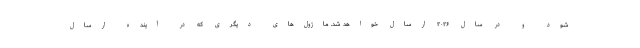
شود و در سال ۲۰۲۶ ارسال خواهد شد. ماژول‌های دیگری که در آینده ارسال